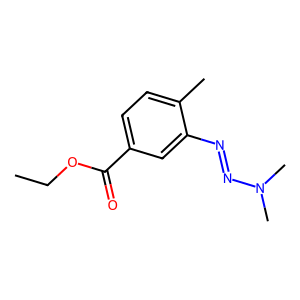
SMILES: CCOC(=O)c1ccc(C)c(N=NN(C)C)c1
Inhibits HIV replication: No